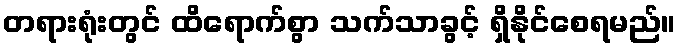
တရားရုံးတွင် ထိရောက်စွာ သက်သာခွင့် ရှိနိုင်စေရမည်။